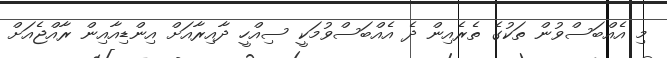
މި އެއްބަސްވުން ތަކުގެ ތެރެއިން ދެ އެއްބަސްވުމަކީ ސިއްހީ ދާއިރާއަށް އިންޑިއާއިން ރާއްޖެއަށް